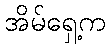
အိမ်ရှေ့က